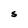
Character: S